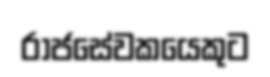
රාජසේවකයෙකුට